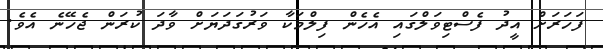
ފަހަރަށް އީދު ފެސްޓިވަލްގައި އެހެން ފިލްމަކާ ވަރުގަދަޔަށް ވާދަ ކުރަން ޖެހޭނެ އެވެ.